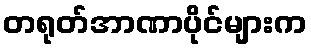
တရုတ်အာဏာပိုင်များက